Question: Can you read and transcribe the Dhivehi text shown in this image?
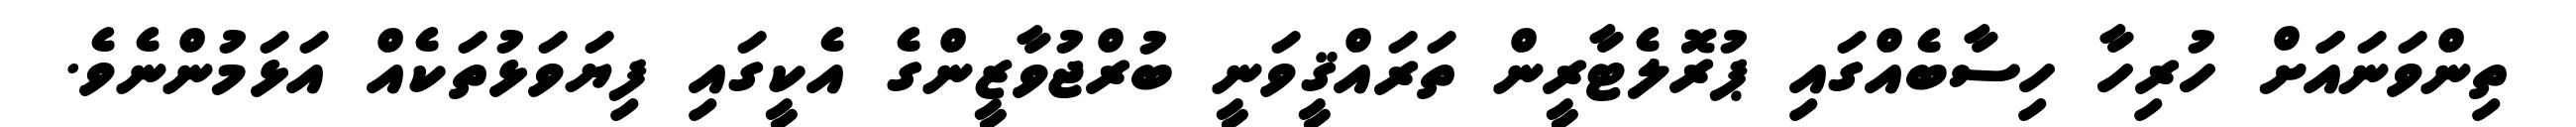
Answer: ތިންވަނައަަށް ހުރިހާ ހިސާބެއްގައި ޕުރޮލެޓާރީން ތަރައްޤީވަނީ ބުރްޖުވާޒީންގެ އެކީގައި ފިޔަވަޅުތަކެއް އަޅަމުންނެވެ.